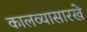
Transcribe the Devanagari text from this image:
कालव्यासारखे